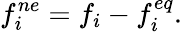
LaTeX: f_{i}^{ne}=f_{i}-f_{i}^{eq}.